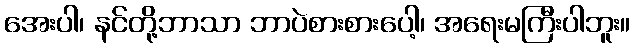
အေးပါ၊ နင်တို့ဘာသာ ဘာပဲစားစားပေါ့၊ အရေးမကြီးပါဘူး။